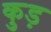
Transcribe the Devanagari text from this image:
कुड़